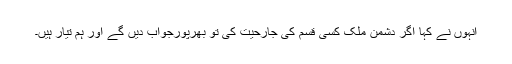
انہوں نے کہا اگر دشمن ملک کسی قسم کی جارحیت کی تو بھرپورجواب دیں گے اور ہم تیار ہیں۔